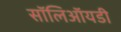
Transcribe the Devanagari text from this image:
सॉलिऑयडी